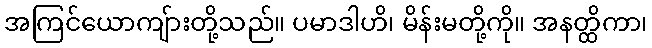
အကြင်ယောကျ်ားတို့သည်။ ပမာဒါဟိ၊ မိန်းမတို့ကို။ အနတ္ထိကာ၊